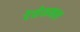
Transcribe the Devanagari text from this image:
रेसेशनल